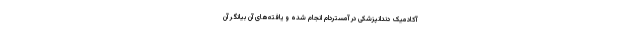
آکادمیک دندانپزشکی در آمستردام انجام شده و یافته‌های آن بیانگر آن